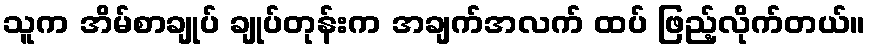
သူက အိမ်စာချုပ် ချုပ်တုန်းက အချက်အလက် ထပ် ဖြည့်လိုက်တယ်။